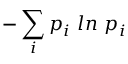
- \sum _ { i } p _ { i } \mathrm { ~ } l n \mathrm { ~ } p _ { i }